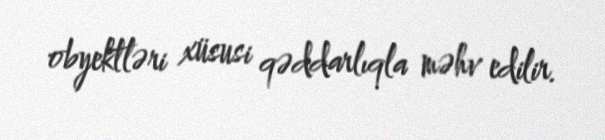
obyektləri xüsusi qəddarlıqla məhv edilir.